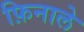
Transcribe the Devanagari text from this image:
फ़िनाले